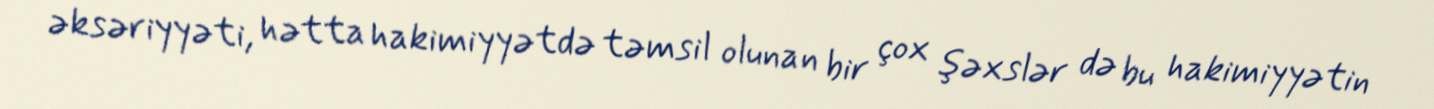
əksəriyyəti, hətta hakimiyyətdə təmsil olunan bir çox şəxslər də bu hakimiyyətin